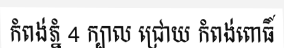
កំពង់ភ្នំ 4 ក្បាល ជ្រោយ កំពង់ពោធិ៍